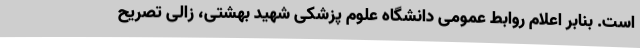
است. بنابر اعلام روابط عمومی دانشگاه علوم پزشکی شهید بهشتی، زالی تصریح